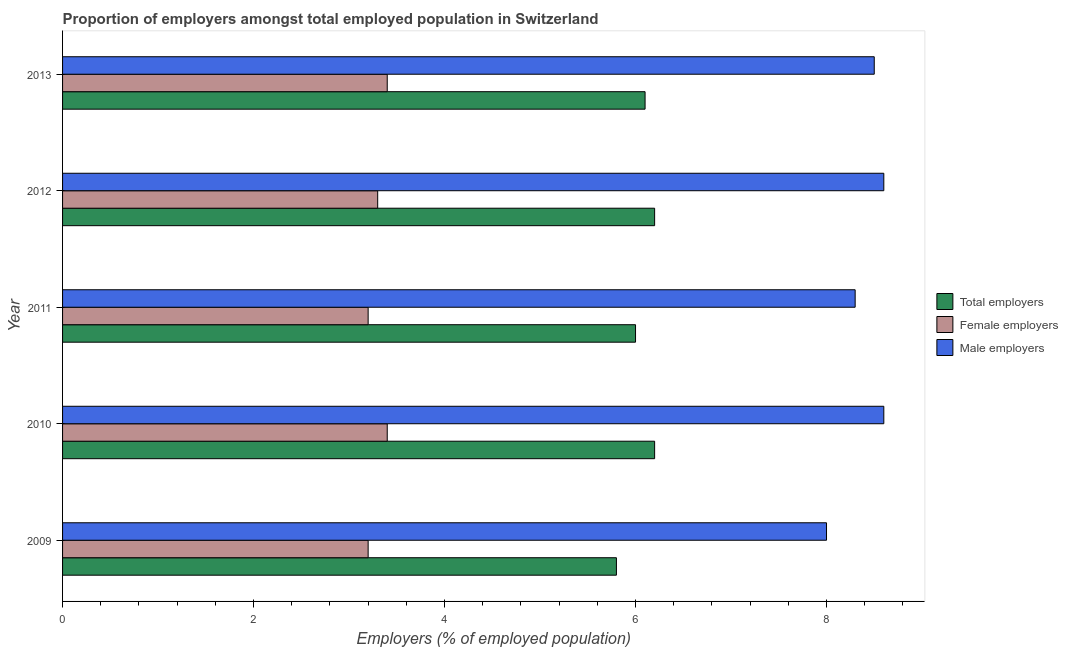
| Year | Total employers | Female employers | Male employers |
 | --- | --- | --- | --- |
 | 2009 | 5.8 | 3.2 | 8 |
 | 2010 | 6.2 | 3.4 | 8.6 |
 | 2011 | 6 | 3.2 | 8.3 |
 | 2012 | 6.2 | 3.3 | 8.6 |
 | 2013 | 6.1 | 3.4 | 8.5 |